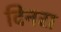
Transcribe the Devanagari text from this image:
दिनरा